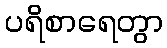
ပရိစာရေတွာ